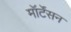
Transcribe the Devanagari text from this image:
मॉर्टेंसन